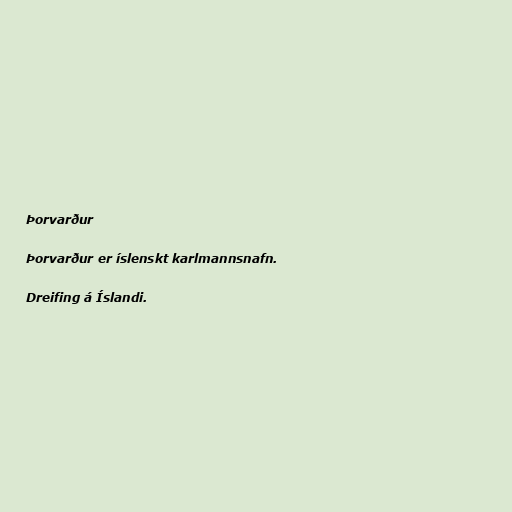
Þorvarður

Þorvarður er íslenskt karlmannsnafn.

Dreifing á Íslandi.